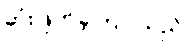
ဆုံးဖြတ်ခဲ့ကြပါသည်